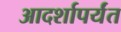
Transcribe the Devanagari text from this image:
आदर्शापर्यंत